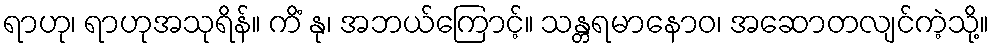
ရာဟု၊ ရာဟုအသုရိန်။ ကိံ နု၊ အဘယ်ကြောင့်။ သန္တရမာနောဝ၊ အဆောတလျင်ကဲ့သို့။